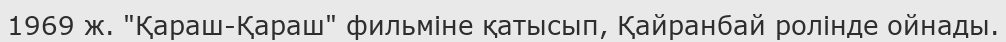
1969 ж. "Қараш-Қараш" фильміне қатысып, Қайранбай ролінде ойнады.